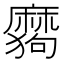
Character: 𰡪